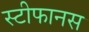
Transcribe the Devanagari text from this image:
स्टीफानस